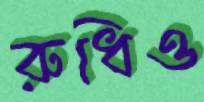
রুধিও